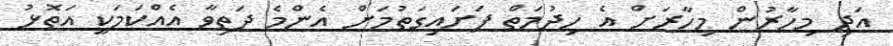
އަދި މިހާރުން މިހާރަށް އެ ހިދުމަތް ފަށައިގަތުމަށް އެންމެ ދަތިވާ އެއްކަމަކީ އަތޮޅު